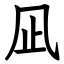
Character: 凪